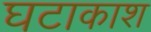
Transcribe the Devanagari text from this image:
घटाकाश